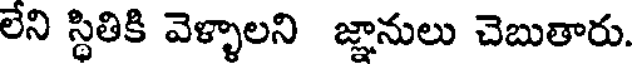
లేని స్థితికి వెళ్ళాలని జ్ఞానులు చెబుతారు.